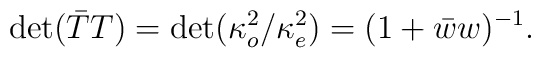
\det(\bar{T}T)=\det(\kappa_{o}^{2}/\kappa_{e}^{2})=(1+\bar{w}w)^{-1}.